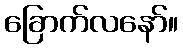
ခြောက်လနော်။